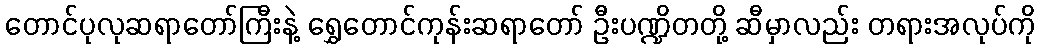
တောင်ပုလုဆရာတော်ကြီးနဲ့ ရွှေတောင်ကုန်းဆရာတော် ဦးပဏ္ဍိတတို့ ဆီမှာလည်း တရားအလုပ်ကို